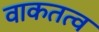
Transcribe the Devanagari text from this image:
वाकतत्व